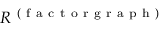
R ^ { \mathrm { ~ ( ~ f ~ a ~ c ~ t ~ o ~ r ~ g ~ r ~ a ~ p ~ h ~ ) ~ } }